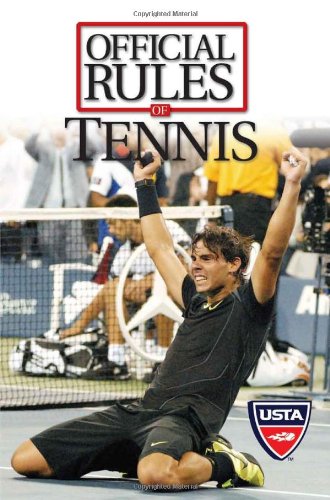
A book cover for Official Rules of Tennis; USTA; Sports & Outdoors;